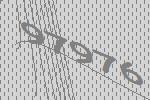
97976